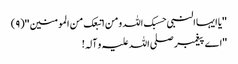
''یا ایہا النبی حسبک اللہ ومن اتبعک من المومنین ''(٩)
''اے پیغمبر صلی اللہ علیہ و آلہ!